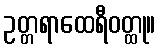
ဥတ္တရာထေရီဝတ္ထု။